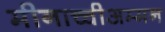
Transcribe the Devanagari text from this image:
मीनाच्चीअम्मन